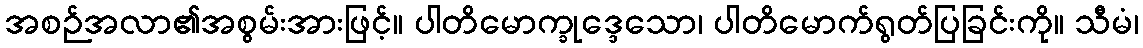
အစဉ်အလာ၏အစွမ်းအားဖြင့်။ ပါတိမောက္ခုဒ္ဒေသော၊ ပါတိမောက်ရွတ်ပြခြင်းကို။ သီမံ၊